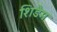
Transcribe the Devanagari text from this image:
शिडैम